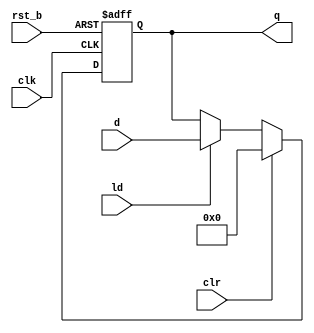
module rgst #(
  parameter w = 8,
  parameter iv = {w {1'b0}}
  )(
  input clk,
  input rst_b,
  input clr,
  input ld,
  input [w-1:0] d,
  output reg [w-1:0] q
  );
  
  always @(posedge clk, negedge rst_b)
  begin
    if (!rst_b)
      q <= iv;
    else if (clr)
      q <= iv;
    else if (ld)
      q <= d;
  end
endmodule